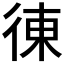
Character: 𢔅